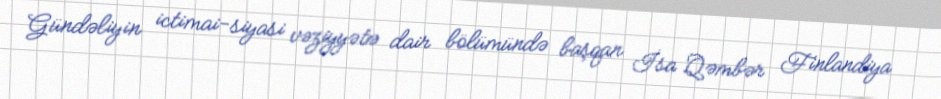
Gündəliyin ictimai-siyasi vəziyyətə dair bölümündə başqan İsa Qəmbər Finlandiya